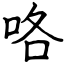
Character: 咯